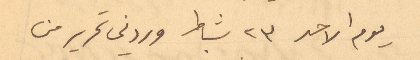
يوم الاحد ٢٣ شباط وردني تحرير من